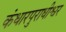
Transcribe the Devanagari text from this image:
कंधारपुराधीश्वर